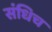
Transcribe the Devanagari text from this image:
संधिच